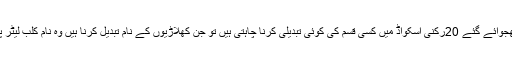
ٹورنامنٹ کمیٹی کی جانب سے ایونٹ میں شریک کو ہدایت کی گئی ہے کہ اگر وہ ابتدائی طور پر بھجوائے گئے 20رکنی اسکواڈ میں کسی قسم کی کوئی تبدیلی کرنا چاہتی ہیں تو جن کھلاڑیوں کے نام تبدیل کرنا ہیں وہ نام کلب لیٹر پیڈ پر لکھ کر 15جون کی شام پانچ بجے تک ٹورنامنٹ ڈائریکٹر و سیکرٹری شہبازعلی کو پہنچادیں۔